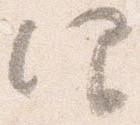
仰